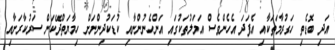
އަދި ބޮޑެތި ހަގުރާމަތަކާއި އެފަދަ އެހެންވެސް އަމަލުތަކުގައި އަންހެނުންނާއި ކުޑަކުދިންނަށް ހިމާޔަތްދޭކަން ސަރުކާރަށާއި